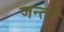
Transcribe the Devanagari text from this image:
जन्तरे